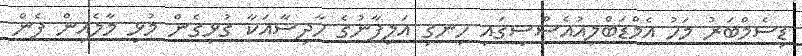
ޑިސެމްބަރު މަހު އެމްޑަބްލިއުއެސްސީގައި ހިނގި އަލިފާނުގެ ހާދިސާއަކާ ގުޅިގެން މުޅި މާލެއިން ފެން